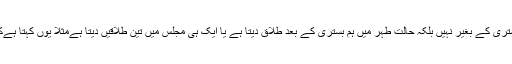
یعنی اگر کوئی حالت طہر میں نہیں بلکہ حالت حیض یاحالت نفاس میں طلاق دیتا ہےیا ہم بستری کے بغیر نہیں بلکہ حالت طہر میں ہم بستری کے بعد طلاق دیتا ہے یا ایک ہی مجلس میں تین طلاقیں دیتا ہےمثلا یوں کہتا ہےکہ تمہیں میری طرف سے تین طلاقیں یا یوں کہ طلاق،طلاق،طلاق تو ایسی طلاق بدعی ہے۔